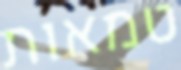
טמאות